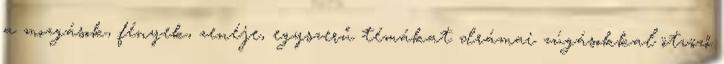
a mozgások, fények, zenéje, egyszerű témákat drámai zúgásokkal ötvöző